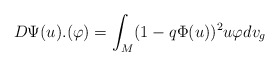
\begin{align*} D\Psi(u).(\varphi)=\int_M (1-q\Phi(u))^2 u\varphi dv_g\end{align*}